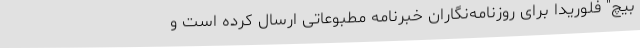
بیچ" فلوریدا برای روزنامه‌نگاران خبرنامه مطبوعاتی ارسال کرده است و